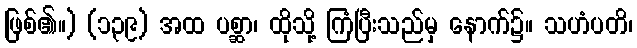
ဖြစ်၏။) (၁၃၉) အထ ပစ္ဆာ၊ ထိုသို့ ကြံပြီးသည်မှ နောက်၌။ သဟံပတိ၊